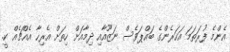
އެންމެ ފުރަތަމަ އަހަރެންގެ ބައްޕަވެސް ނަޒޫއާއި ދިމާއަށް ހިތަށް އެރިހާ އެއްޗެއް ކީ.